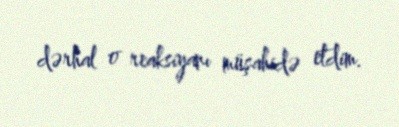
dərhal o reaksiyanı müşahidə etdim.